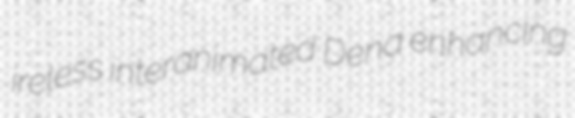
ireless interanimated Dena enhancing